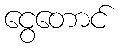
ငွေတောင်